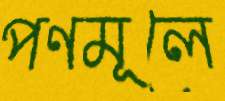
পণমূলে